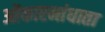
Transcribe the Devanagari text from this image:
ओंकारमांधाता